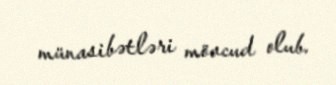
münasibətləri mövcud olub.